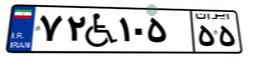
۱۴W۶۵۲۸۹